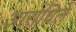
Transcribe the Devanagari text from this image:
आराधिले